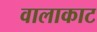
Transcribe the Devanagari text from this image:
वालाकाट